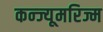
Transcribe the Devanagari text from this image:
कन्ज्यूमरिज्म